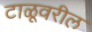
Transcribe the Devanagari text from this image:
टाळूवरील